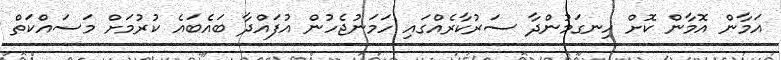
އަމާން އޮމާން ކޮށް ހިނގަމުންދާ ސަރުކާރެއްގައި ހަމަނުޖެހުން އުފައްދާ ބައެބައެ ކުރުމަށް މަސައްކަތް